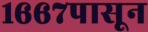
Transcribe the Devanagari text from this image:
१६६७पासून